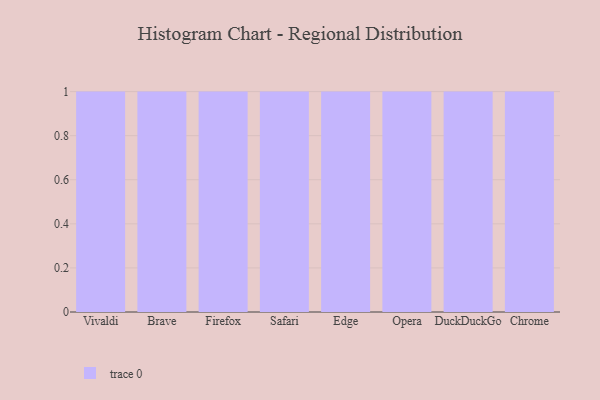
{"axis": {"x": "Browser", "y": "Inventory Turnover"}, "legend": [""], "data": [{"x": "Vivaldi", "y": 41, "type": ""}, {"x": "Brave", "y": 86, "type": ""}, {"x": "Firefox", "y": 22, "type": ""}, {"x": "Safari", "y": 19, "type": ""}, {"x": "Edge", "y": 39, "type": ""}, {"x": "Opera", "y": 32, "type": ""}, {"x": "DuckDuckGo", "y": 96, "type": ""}, {"x": "Chrome", "y": 58, "type": ""}]}